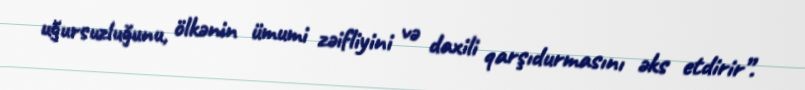
uğursuzluğunu, ölkənin ümumi zəifliyini və daxili qarşıdurmasını əks etdirir”.